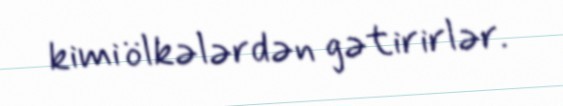
kimi ölkələrdən gətirirlər.